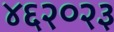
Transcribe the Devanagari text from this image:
४६२०२३